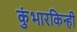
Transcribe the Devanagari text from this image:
कुंभारकिन्ही